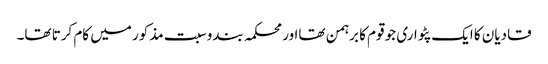
قادیان کا ایک پٹواری جو قوم کا برہمن تھااور محکمہ بندوسبت مذکور میں کام کرتا تھا۔